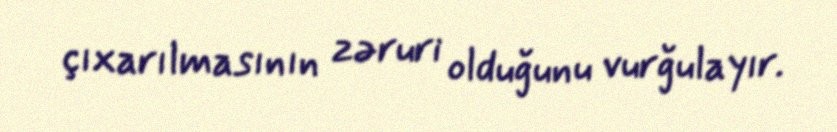
çıxarılmasının zəruri olduğunu vurğulayır.